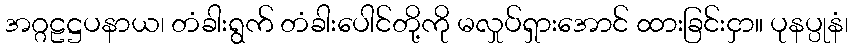
အဂ္ဂဠဋ္ဌပနာယ၊ တံခါးရွက် တံခါးပေါင်တို့ကို မလှုပ်ရှားအောင် ထားခြင်းငှာ။ ပုနပ္ပုနံ၊